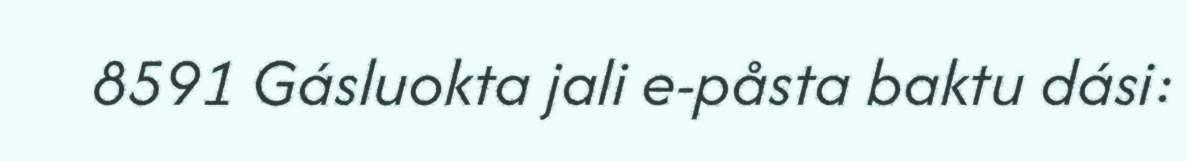
8591 Gásluokta jali e-påsta baktu dási: